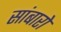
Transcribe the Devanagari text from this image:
सांबारो